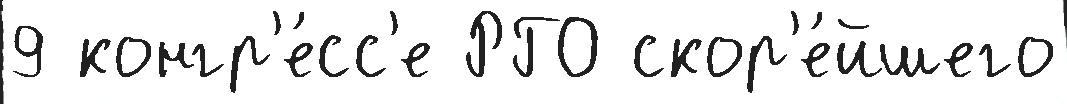
9 конгр'е́сс'е РГО скор'е́йшего